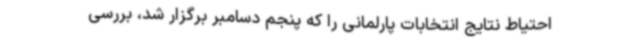
احتیاط نتایج انتخابات پارلمانی را که پنجم دسامبر برگزار شد، بررسی